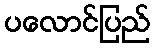
ပလောင်ပြည်